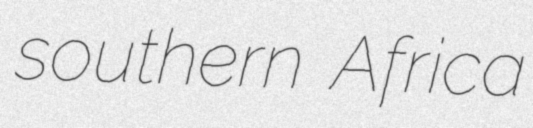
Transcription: southern Africa